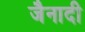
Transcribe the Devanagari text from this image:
जैनादी